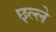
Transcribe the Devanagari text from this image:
छ्ल्ले